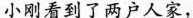
小刚看到了两户人家，